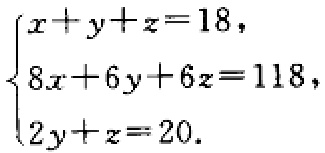
\(\begin{cases}
x + y + z = 18, \\
8x + 6y + 6z = 118, \\
2y + z = 20.
\end{cases}\)